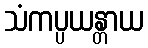
သံကပ္ပယန္တာယ